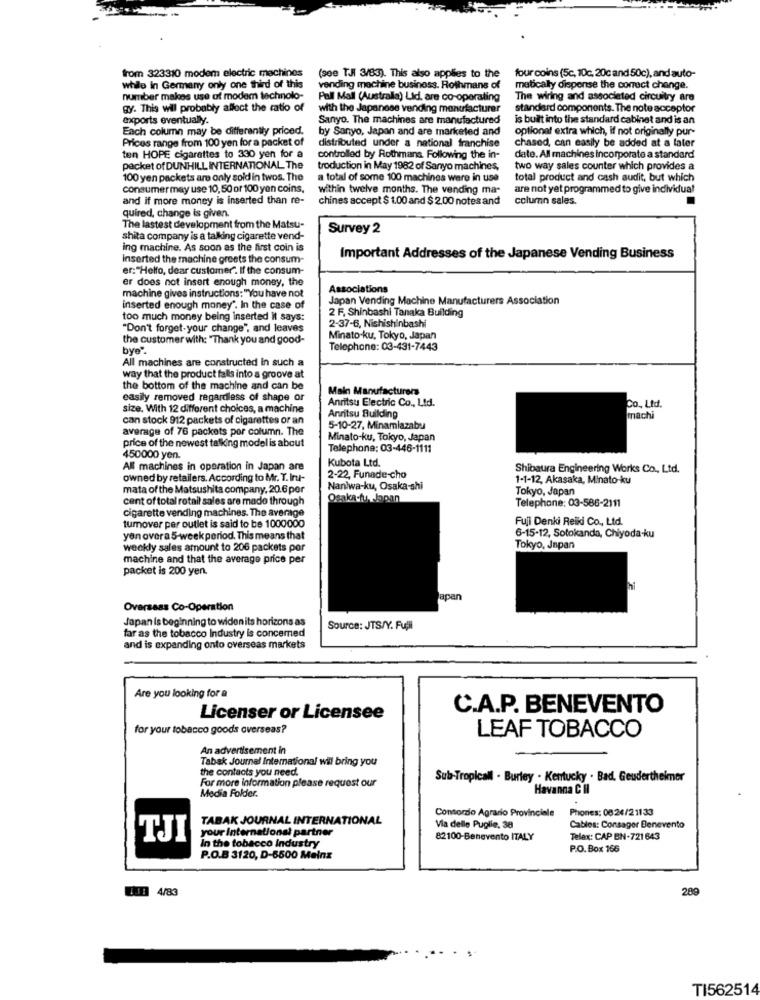
from 323310 modem electric machines
(see T.J 3/83). This also applies to the
four coins (5c, 10c, 20c and 50c), and auto-
while In Germany only one third of this
vending machine business. Rothmans of
matically dispense the correct change.
number makes use of modem technolo-
Pall Mall (Australla) Lid. are co-operating
The wiring and associated circuitry are
gy. This wil probably affect the ratio of
with the Japanese vending manufacturer
standard components. The note acceptor
exports eventually.
Sanyo. The machines are manufactured
is built into the standard cabinet and is an
Each column may be differently priced.
by Sanyo, Japan and are marketed and
optional extra which, if not originally pur-
Prices range from 100 yen for a packet of
distributed under a national franchise
chased, can easily be added at a later
ten HOPE cigarettes to 330 yen for a
controlled by Rothmans Following the in-
date. All machines incorporate a standard
packet of DUNHILL INTERNATIONAL The
troduction in May 1982 of Sanyo machines,
two way sales counter which provides a
100 yen packets are only sold in twos. The
a total of some 100 machines were in use
total product and cash audit, but which
consumer may use 10,50 or 100 yen coins,
within twelve months. The vending ma-
are not yet programmed to give individua!
and if more money is inserted than re-
chines accept $ 1.00 and $ 2.00 notes and
column sales.
quired, change is given.
The lastest development from the Matsu-
Survey 2
shita company is a talking cigarette vend-
ing machine. As soon as the first coin is
Inserted the machine greets the consum-
Important Addresses of the Japanese Vending Business
er: "Hello, dear customer". If the consum-
er does not insert enough money, the
Associations
machine gives instructions: "You have not
Japan Vending Machine Manufacturers Association
inserted enough money'. In the case of
2 F. Shinbashi Tanaka Building
too much money being inserted it says:
"Don't forget-your change", and leaves
2-37-6, Nishishinbashi
the customer with: "Thank you and good-
Minato-ku, Tokyo, Japan
bye".
Telephone: 03-431-7443
All machines are constructed In such a
way that the product falls into a groove at
the bottom of the machine and can be
Main Manufacturers
easily removed regardless of shape or
Anritsu Electric Co ., Ltd.
size. With 12 different choices, a machine
Co ., Ltd.
can stock 912 packets of cigarettes or an
Anritsu Building
machi
average of 76 packets por column. The
5-10-27, Minamlazabu
price of the newest talking model is about
Minato-ku, Tokyo, Japan
Telephone: 03-446-1111
450000 yen.
Kubota Ltd.
All machines in operation in Japan are
Shibaura Engineering Works Co ., Ltd.
owned by retailers. According to Mr. T. Int-
2-22, Funade cho
1-1-12, Akasaka, Minato-ku
mata of the Matsushita company, 20.6 por
Naniwa-ku, Osaka-shi
Tokyo, Japan
cent of total retail sales are made through
Osaka fur Japan
cigarette vending machines. The average
Telephone: 03-586-2111
tumover per outlet is said to be 1000000
Fuji Denki Reiki Co ., Ltd.
yon overa 5-week period. This means that
6-15-12, Solokanda, Chiyoda-ku
weekly sales amount to 206 packets por
Tokyo, Japan
machine and that the average price per
packet is 200 yen.
apan
Overseas Co-Operation
Japan is beginning to widen its horizons as
far as the tobacco Industry is concerned
Source: JTS/Y. Full
and is expanding onto overseas markets
Are you looking for a
C.A.P. BENEVENTO
Licenser or Licensee
for your tobacco goods overseas?
LEAF TOBACCO
An advertisement in
Tabak Journal International will bring you
the contacts you need.
For more information please request our
Sub-Tropicall . Burley . Kentucky . Bad. Geudertheimner
Media Folder.
Havanna C II
Consorzio Agrario Provinciale
Phones: 0824/21133
TABAK JOURNAL INTERNATIONAL
your International partner
Via delle Puglie, 38
Cables: Consager Benevento
TJI
In the tobacco industry
82100-Benevento ITALY
Telex: CAP BN-721 643
P.O. Box 166
P.O.B 3120, D-5500 Meins
1.18 4/83
289
TI562514